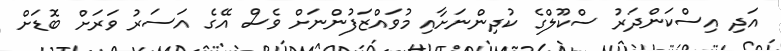
އަދި އިސްކަންދަރު ސްކޫލްގެ ކުދިންނަށާއި މުވައްޒަފުންނަށް ވެސް އޭގެ އަސަރު ވަރަށް ބޮޑަށް